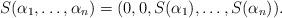
LaTeX: \begin{align*}S(\alpha_1,\ldots,\alpha_n)=(0,0,S(\alpha_1),\ldots,S(\alpha_n)).\end{align*}